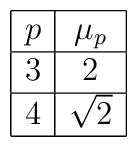
\begin{array}{|c|c|}\hline p         & \mu_p       \\ \hline   {}{}3        & 2            \\ \hline  {}{}4        & \sqrt{2}  \\ \hline   \end{array}